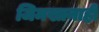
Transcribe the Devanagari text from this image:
जिमखानाही